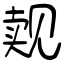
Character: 觌